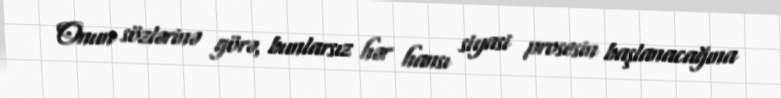
Onun sözlərinə görə, bunlarsız hər hansı siyasi prosesin başlanacağına